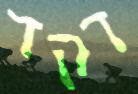
דקד